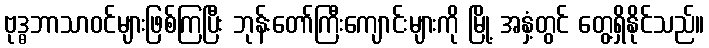
ဗုဒ္ဓဘာသာဝင်များဖြစ်ကြပြီး ဘုန်းတော်ကြီးကျောင်းများကို မြို့ အနှံ့တွင် တွေ့ရှိနိုင်သည်။